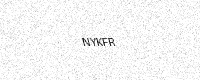
Text: NYKFR